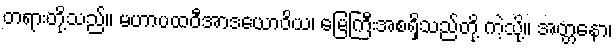
တရားတို့သည်။ မဟာပထဝီအာဒယောဝိယ၊ မြေကြီးအစရှိသည်တို့ ကဲ့သို့။ အတ္တနော၊